Calcutta medical institutions reports 1871-78
Year: 1871
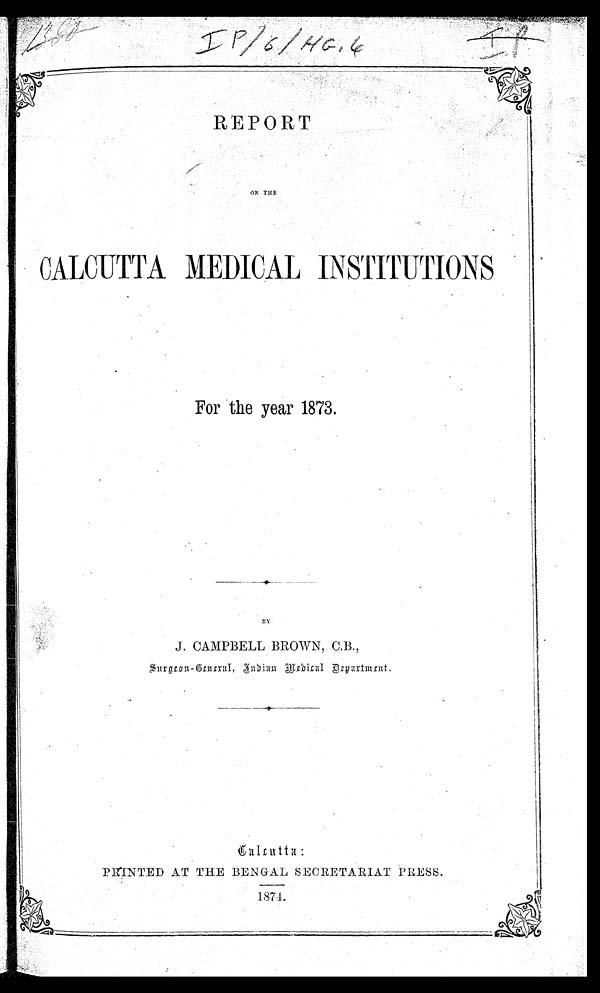
IP/6/HG.4
R EPORT
ON THE
CALCUTTA MEDICAL INSTITUTIONS
For the year 1873.
BY
J. CAMPBELL BROWN, C.B.,
Surgeon-General, Indian Medical Department.
Calcutta:
PRINTED AT THE BENGAL SECRETARIAT PRESS.
1874.